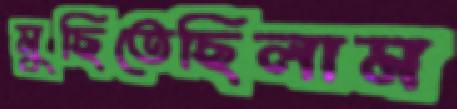
মুছিতেছিলাম